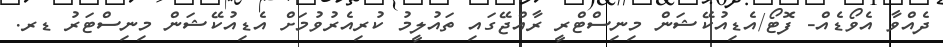
ދެއްވާ އެވޯޑެއް- ފޮޓޯ/އެޑިއުކޭޝަން މިނިސްޓްރީ ރާއްޖޭގައި ތައުލީމު ކުރިއެރުވުމަށް އެޑިއުކޭޝަން މިނިސްޓަރު ޑރ.